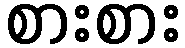
စားစား